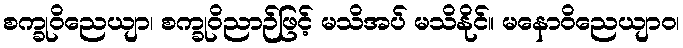
စက္ခုဝိညေယျာ၊ စက္ခုဝိညာဉ်ဖြင့် မသိအပ် မသိနိုင်။ မနောဝိညေယျာဝ၊